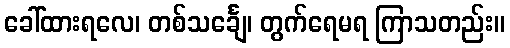
ခေါ်ထားရလေ၊ တစ်သင်္ချေ၊ တွက်ရေမရ ကြာသတည်း။